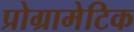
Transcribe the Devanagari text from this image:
प्रोग्रामेटिक